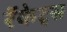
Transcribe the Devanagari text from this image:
रॅकेट्स